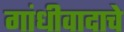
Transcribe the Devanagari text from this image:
गांधीवादाचे